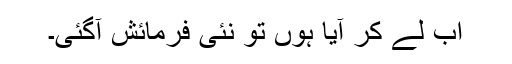
اب لے کر آیا ہوں تو نئی فرمائش آگئی۔